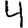
Digit: 4